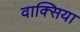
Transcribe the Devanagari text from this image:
वाक्सिया